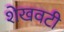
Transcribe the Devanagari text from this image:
शेखवटी